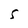
Character: 5